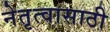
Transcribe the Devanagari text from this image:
नेतृत्वासाठी